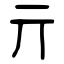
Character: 亓